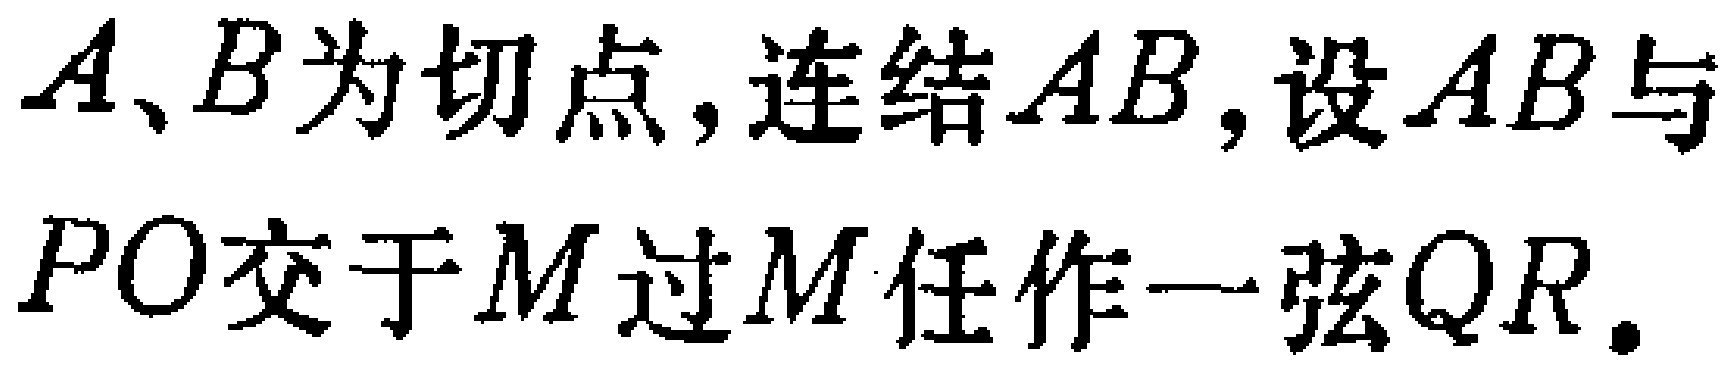
$A、B为切点,连结AB,设AB与PO交于M过M任作一弦QR.$